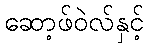
ဆော့ဖ်ဝဲလ်နှင့်